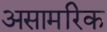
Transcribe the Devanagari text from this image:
असामरिक